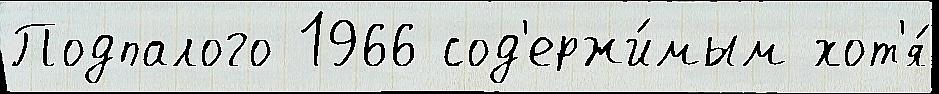
Подпалого 1966 сод'ержи́мым хот'я́